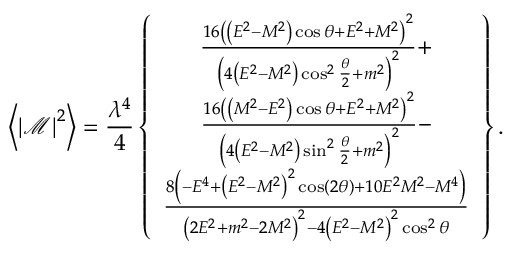
\left\langle \left\vert \mathcal { M } \right\vert ^ { 2 } \right\rangle = \frac { \lambda ^ { 4 } } { 4 } \left\{ \begin{array} { c } { \frac { 1 6 \left( \left( E ^ { 2 } - M ^ { 2 } \right) \cos \theta + E ^ { 2 } + M ^ { 2 } \right) ^ { 2 } } { \left( 4 \left( E ^ { 2 } - M ^ { 2 } \right) \cos ^ { 2 } \frac { \theta } { 2 } + m ^ { 2 } \right) ^ { 2 } } + } \\ { \frac { 1 6 \left( \left( M ^ { 2 } - E ^ { 2 } \right) \cos \theta + E ^ { 2 } + M ^ { 2 } \right) ^ { 2 } } { \left( 4 \left( E ^ { 2 } - M ^ { 2 } \right) \sin ^ { 2 } \frac { \theta } { 2 } + m ^ { 2 } \right) ^ { 2 } } - } \\ { \frac { 8 \left( - E ^ { 4 } + \left( E ^ { 2 } - M ^ { 2 } \right) ^ { 2 } \cos ( 2 \theta ) + 1 0 E ^ { 2 } M ^ { 2 } - M ^ { 4 } \right) } { \left( 2 E ^ { 2 } + m ^ { 2 } - 2 M ^ { 2 } \right) ^ { 2 } - 4 \left( E ^ { 2 } - M ^ { 2 } \right) ^ { 2 } \cos ^ { 2 } \theta } } \end{array} \right\} .